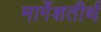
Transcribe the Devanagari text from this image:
मार्गेशतीर्थ